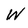
Character: W